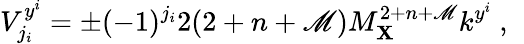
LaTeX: V_{j_{i}}^{y^{i}}=\pm(-1)^{j_{i}}2(2+n+\mathscr{M})M_{\mathbf{X}}^{2+n+\mathscr{M}}k^{y^{i}}~,~\,